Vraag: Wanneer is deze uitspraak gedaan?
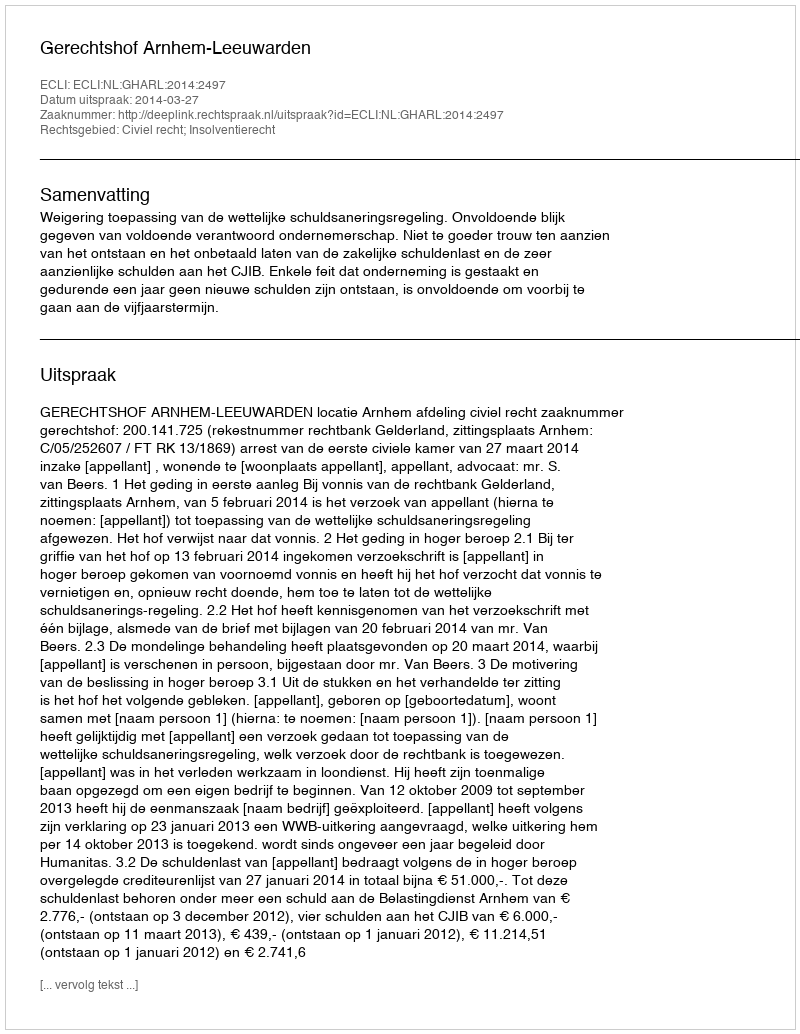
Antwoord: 2014-03-27